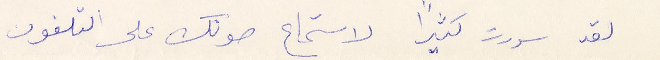
لقد سررت كثيرًا لاستماع صوتك على التلفون